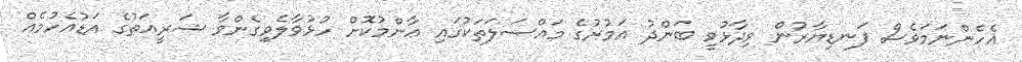
އެހެންނަމަވެސް ފަނޑިޔާރުން ވިދާޅުވީ ބަންދު އަމުރުގެ މައްސަލަތަކުގައި ޢާންމުކޮށް ހުޅުވާލެވިގެންވާ ޝަރީޢަތުގެ އަޑުއެހުމެއް